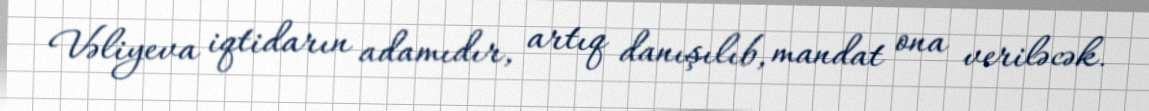
Vəliyeva iqtidarın adamıdır, artıq danışılıb, mandat ona veriləcək.